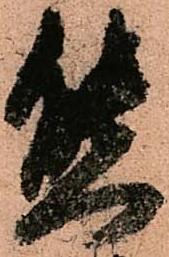
態